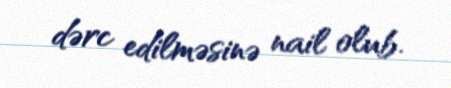
dərc edilməsinə nail olub.